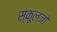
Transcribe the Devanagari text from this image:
स्कूलजो